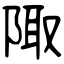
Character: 陬